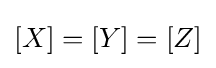
[X]=[Y]=[Z]